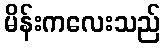
မိန်းကလေးသည်